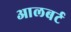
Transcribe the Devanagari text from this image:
आलबर्ट